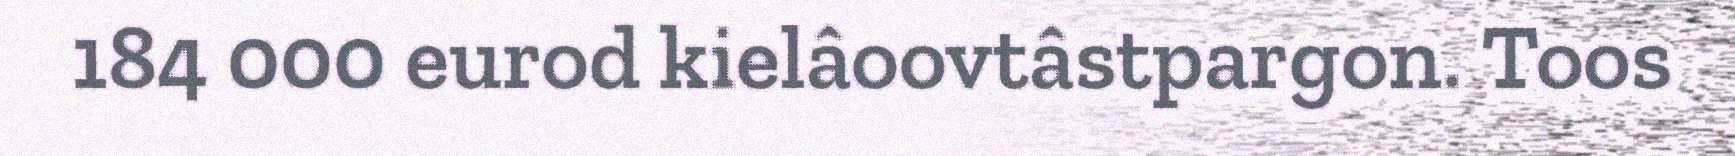
184 000 eurod kielâoovtâstpargon. Toos